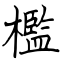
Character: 檻